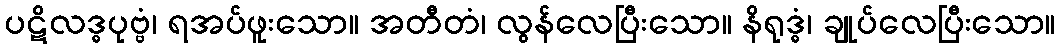
ပဋိလဒ္ဓပုဗ္ဗံ၊ ရအပ်ဖူးသော။ အတီတံ၊ လွန်လေပြီးသော။ နိရုဒ္ဓံ၊ ချုပ်လေပြီးသော။